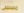
مصطفى